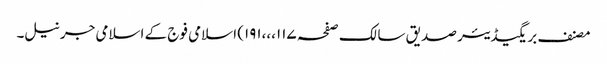
مصنف بریگیڈیئر صدیق سالک صفحہ ۱۱۷،،،۱۹۱) اسلامی فوج کے اسلامی جرنیل۔